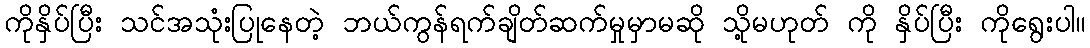
ကိုနှိပ်ပြီး သင်အသုံးပြုနေတဲ့ ဘယ်ကွန်ရက်ချိတ်ဆက်မှုမှာမဆို သို့မဟုတ် ကို နှိပ်ပြီး ကိုရွေးပါ။